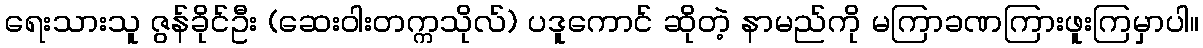
ရေးသားသူ ဇွန်ခိုင်ဦး (ဆေးဝါးတက္ကသိုလ်) ပဒူကောင် ဆိုတဲ့ နာမည်ကို မကြာခဏကြားဖူးကြမှာပါ။